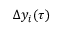
\Delta y _ { i } ( \tau )